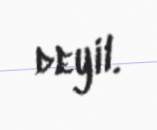
deyil.